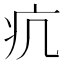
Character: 𤴪